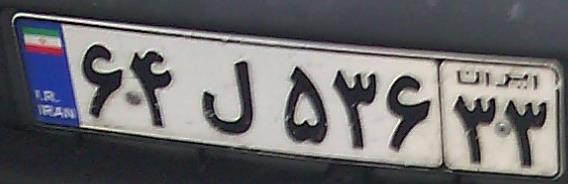
۶۴ل۵۳۶۳۳